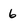
Character: 6